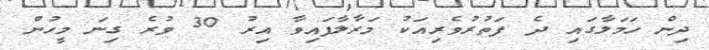
ދިން ހަމަލާގައި ދެ ފަތުރުވެރިއަކު މަރާލާފައިވާ އިރު 30 ވުރެ ގިނަ މީހުން